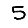
Digit: 5